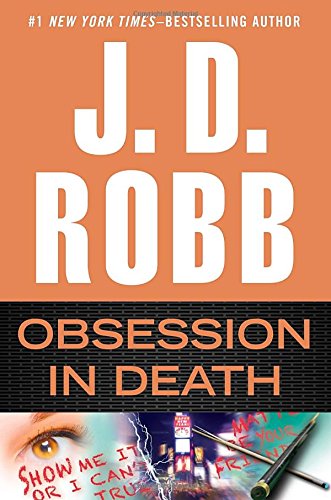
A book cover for Obsession in Death; J. D. Robb; Mystery, Thriller & Suspense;